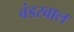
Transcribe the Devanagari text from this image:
वंडरवाल